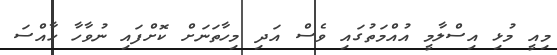
މިއީ މުޅި އިސްލާމީ އުއްމަތުގައި ވެސް އަދި މިހާތަނަށް ކޮށްފައި ނުވާހާ ހާއްސަ